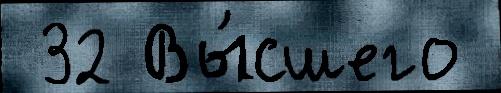
 32 Вы́сшего